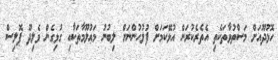
ހޮޅުދޫއަށް މަސްތުވާތަކެތި އެތެރެކުރަން އުޅޭކަމަށް ފުލުހުންނަށް ލިބުނު މަޢުލޫމާތަކާއި ގުޅިގެން ވެލިދޫ ޕޮލިސް